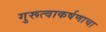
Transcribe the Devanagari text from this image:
गुरूत्वाकर्षणाचा